Newspaper: The Hillsborough recorder. [volume]
Place of publication: Hillsborough, N.C.
Publisher: Dennis Heartt
Date: 1865-12-06 00:00:00
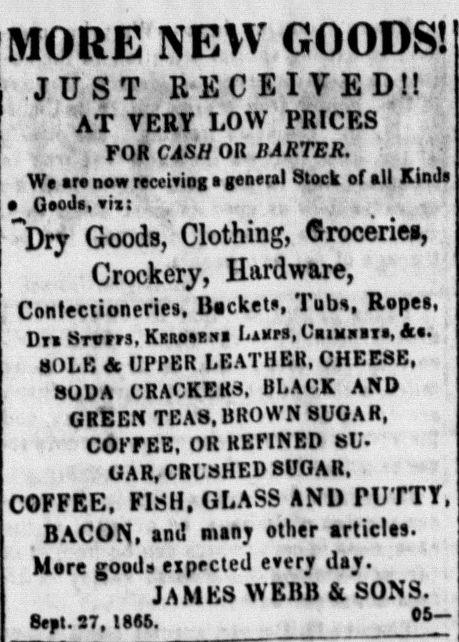
Advertisement text (OCR):
MORE NEW GOODS! JUST RECEIVED!! AT VERY LOW PRICES FOR CASH OR BARTER. We are now recemni a teneral 8tock of all Kinds 0 Qeods.mt . , ,. , "Dry Goods; Clothing, Groceries, Crockery, Hardware, Confectioneries. Backets, Tubs, Ropes, D11 STCiM.KsaesBSB UarS.Camasis.&e. 80LB & UPPER LEATHER, CHEESE, SODA CRACKEK3, BLACK AND GREEN TEA8, BROWN SUOAR, COFFEE, OR REFINED 8U. OAR. CRUSHED SUGAR. COFFEE. FISH. GLASS AND PUTTY, BACON, and manj other articles. Mare goods eipected ererj dajr. JAMES WKllfl fit su3. 8et.37,l86S. 05-
Label: text-only